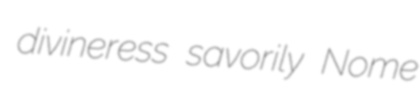
divineress savorily Nome